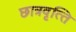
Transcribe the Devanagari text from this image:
छात्रवृत्‍ति